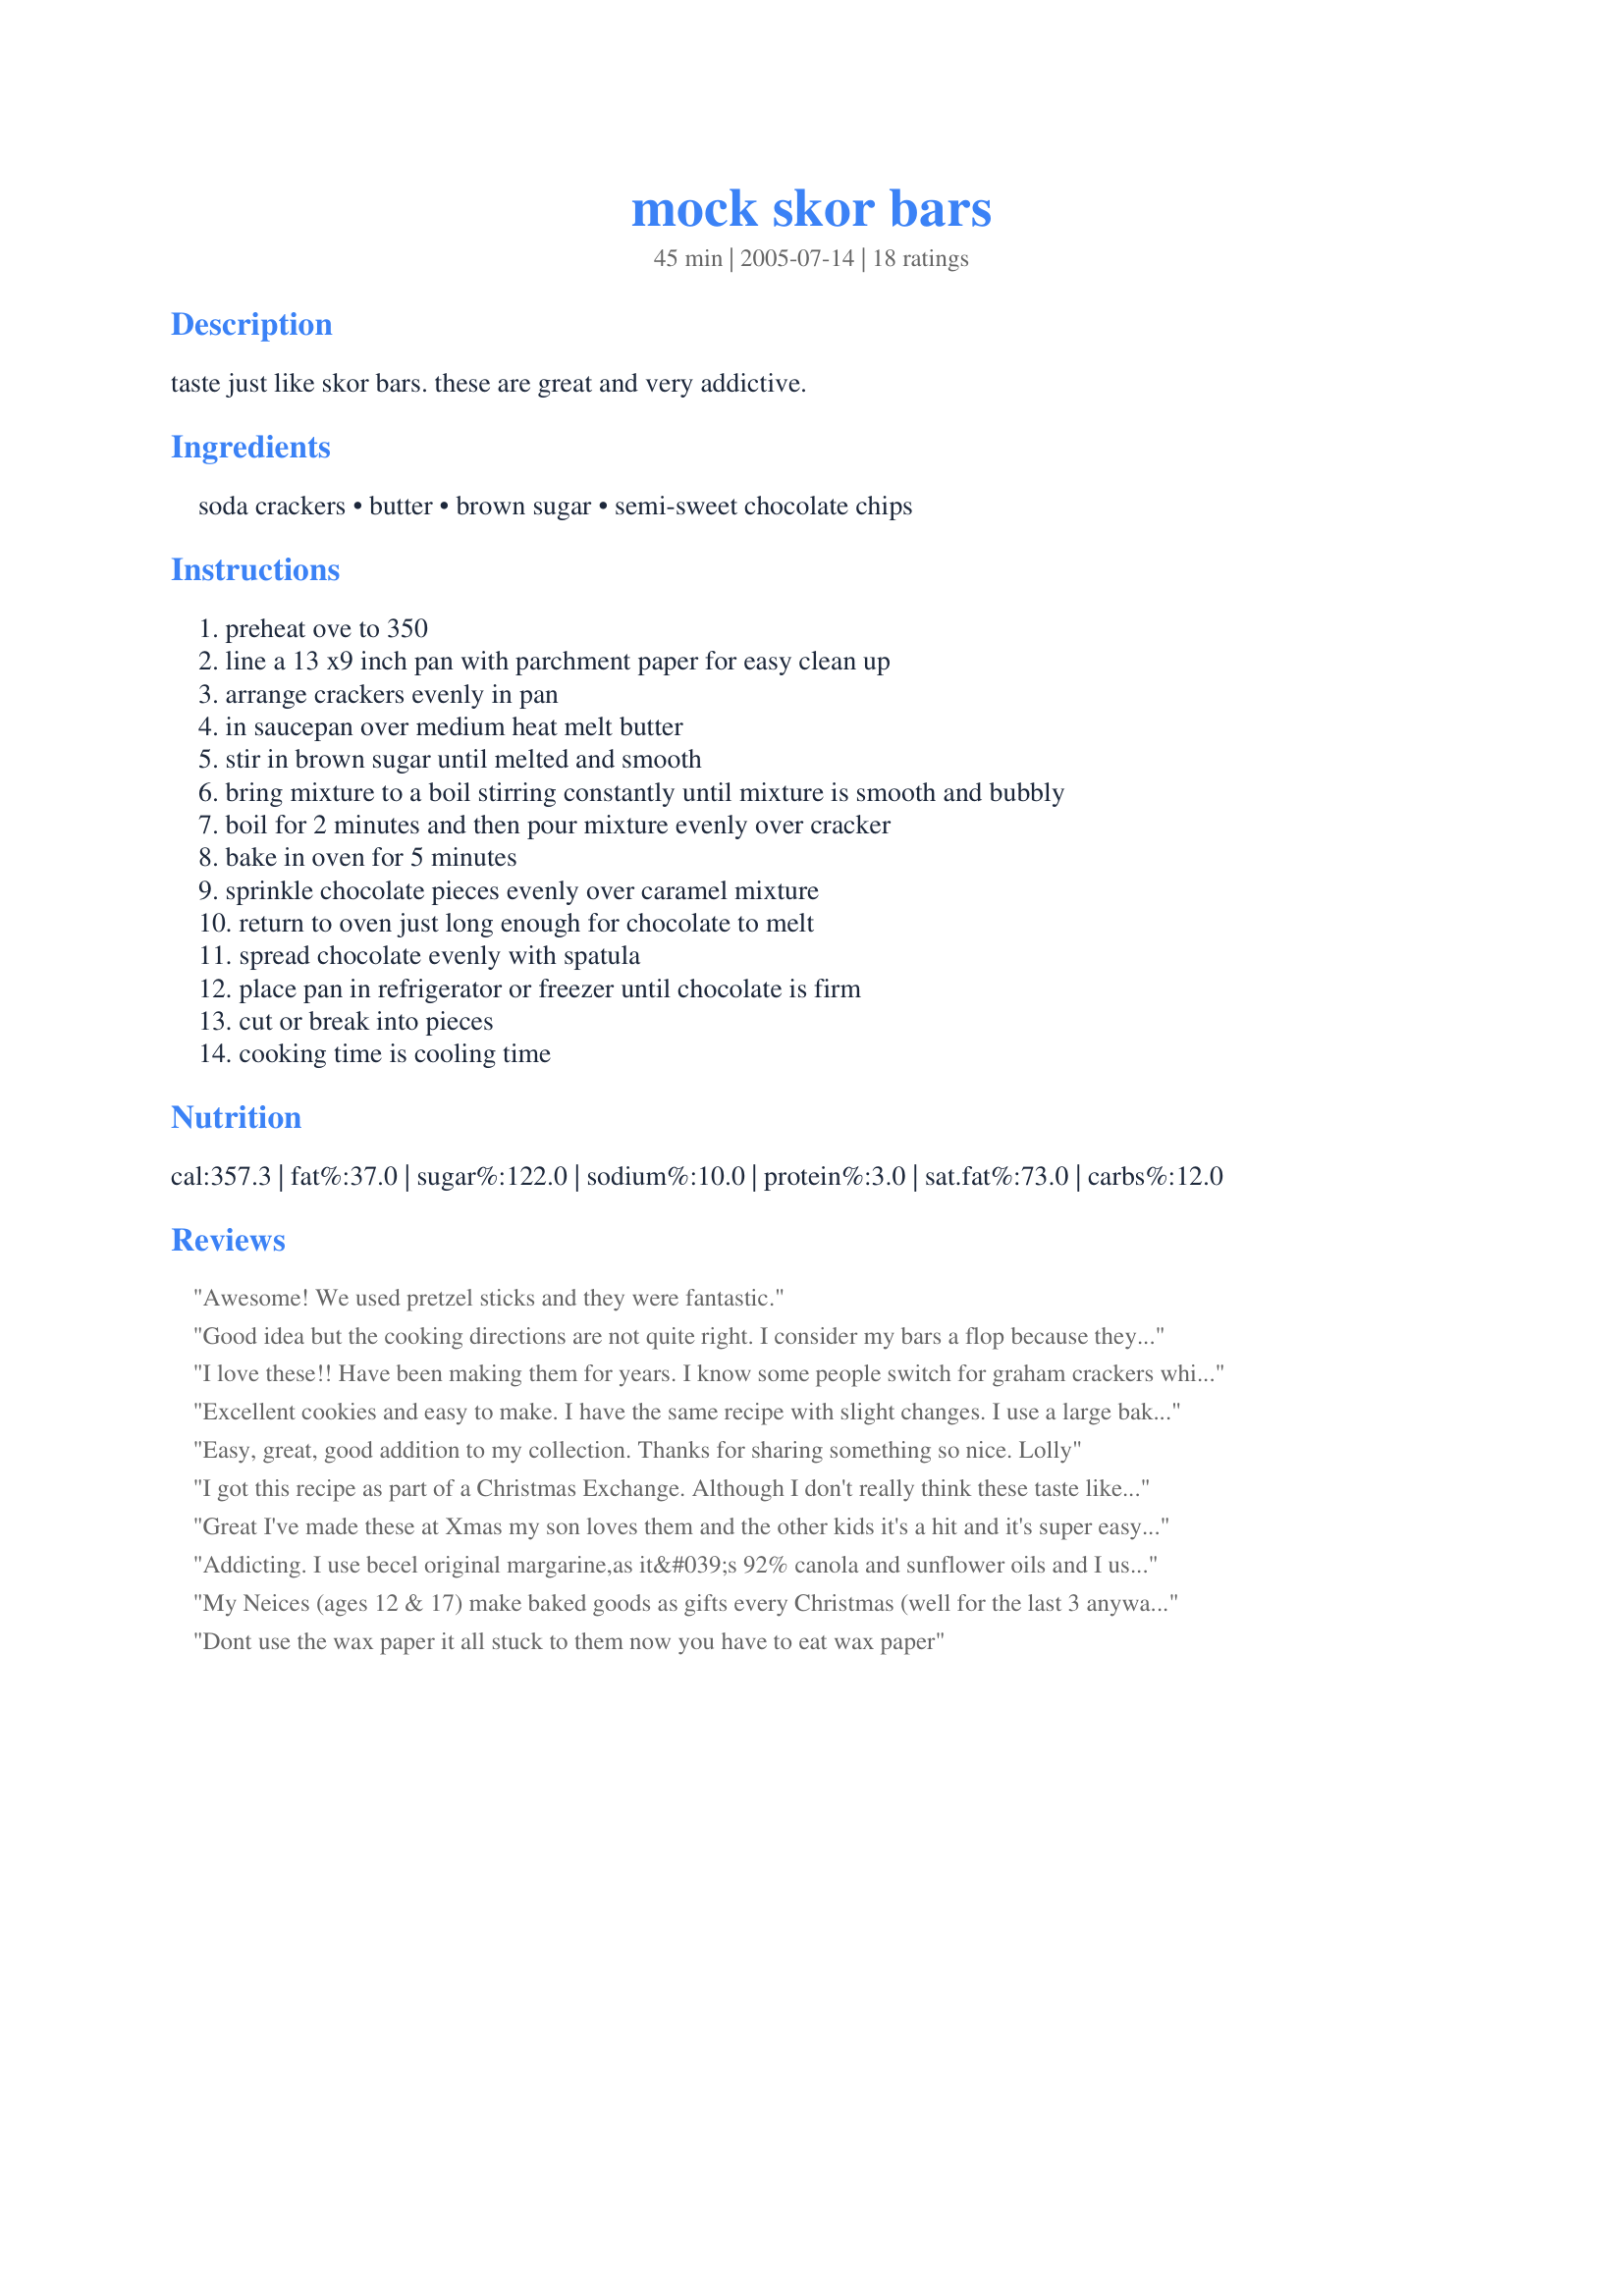
mock skor bars
Preparation time: 45 minutes

taste just like skor bars. these are great and very addictive.

Ingredients:
soda crackers, butter, brown sugar, semi-sweet chocolate chips

Steps:
preheat ove to 350, line a 13 x9 inch pan with parchment paper for easy clean up, arrange crackers evenly in pan, in saucepan over medium heat melt butter, stir in brown sugar until melted and smooth, bring mixture to a boil stirring constantly until mixture is smooth and bubbly, boil for 2 minutes and then pour mixture evenly over cracker, bake in oven for 5 minutes, sprinkle chocolate pieces evenly over caramel mixture, return to oven just long enough for chocolate to melt, spread chocolate evenly with spatula, place pan in refrigerator or freezer until chocolate is firm, cut or break into pieces, cooking time is cooling time

Reviews:
Awesome! We used pretzel sticks and they were fantastic.
Good idea but the cooking directions are not quite right. I consider my bars a flop because they are way to sugary. I expected them to be more like toffee. The Ghiradelli chocolate chips (used more than 1 cup), do taste good. Still, I will probably throw them out. I will try to perfect this recipe to my desired texture without adding and wasting the chocolate chips.
I love these!! Have been making them for years. I know some people switch for graham crackers which is good but I fine way too sweet. They are very sweet as is with saltines. But honestly good either way. Try both and find your preference.
Excellent cookies and easy to make. I have the same recipe with slight changes. I use a large baking sheet with sides,1 sleeve salted crackers (30-35), 1 cup butter, 3/4 cup brown sugar packed, and 1-1/2 cups chocolate chips. Thanks for posting.
Easy, great, good addition to my collection. Thanks for sharing something so nice. Lolly
I got this recipe as part of a Christmas Exchange. Although I don't really think these taste like skor bars, they are a great treat! It was nice to see this already posted, thanks! :)
Great I've made these at Xmas my son loves them and the other kids it's a hit and it's super easy I add skor bits on top and put a teaspoon of vanilla extract in the butter and brown sugar just before I'm done boiling it I will add a half a teaspoon of baking soda this helps the Carmel bubble up it starts to fizz then I can pour it on top of the crackers works great
Addicting. I use becel original margarine,as it&#039;s 92% canola and sunflower oils and I use semi sweet bakers chocolate that I melt in the microwave and pour on afterwards. I put it in the freezer for 5 mins and then in the fridge.
My Neices (ages 12 & 17) make baked goods as gifts every Christmas (well for the last 3 anyway). This is one of the items they include. It is always the first thing to go. They always said it was an easy recipe....well what do you know. I love these things!!!
Dont use the wax paper it all stuck to them now you have to eat wax paper
It&#039;s a simple recipe. And it&#039;s flexible. You can use salted or unsalted butter depending on how you want the caramel to taste, i prefer salted, and i even use salted crackers. I top it off with a sweeter chocolate chaved or chips depending what i am in the mood for (and how much work i feel like putting into it lol).
This is GREAT!! I used Ritz crackers this time....and I have also used Saltines in the past. YUM!! I also used Ghiardelli choco chips.
Good. I think I messed up the caramel layer b/c it was pretty grainy, but it was still out of this world. Thanks.
These were good. They are definitely better if kept in the refrigerator. Mine became soft if kept at room temperature.
Such a good and AFFORDABLE dessert! I messed up a little, the chocolate didn't spread well. Could have been the low quality (generic) chocolate thoguh. Wonderful taste, YUMMMM
These are perfect! Just be sure to whisk while the mixture is cooking and stick to the 2 minutes. Also, use good quality chocolate. They will be gone in a flash (make a double batch!)!
I make Skor Bars for all parties and functions I attend and they are a hit everywhere! I use milk chocolate chips - trust me, it makes the Skor Bar taste much better than using semi-sweet. Everyone must try this recipe!
I add skor bits to the top after I spread the chocolate and they're always a huge hit! This year I made them with white chocolate for a bake exchange and everyone was begging for the recipe.
